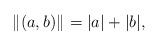
LaTeX: \begin{align*}\|(a,b)\|_{}=|a|+|b|,\end{align*}